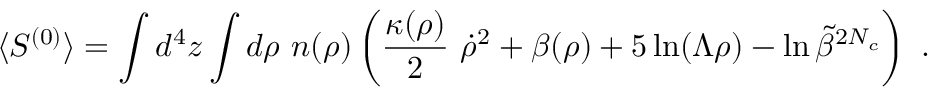
\langle S ^ { ( 0 ) } \rangle = \int d ^ { 4 } z \int d \rho ~ n ( \rho ) \left( \frac { \kappa ( \rho ) } { 2 } ~ \dot { \rho } ^ { 2 } + \beta ( \rho ) + 5 \ln ( \Lambda \rho ) - \ln \widetilde \beta ^ { 2 N _ { c } } \right) ~ .